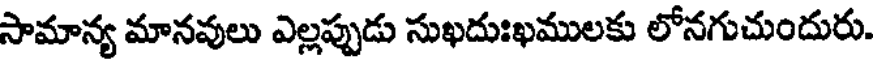
సామాన్య మానవులు ఎల్లప్పుడు సుఖదుఃఖములకు లోనగుచుందురు.